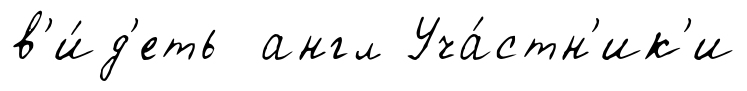
в'и́д'еть англ Уча́стн'ик'и